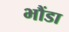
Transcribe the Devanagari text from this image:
भौंडा